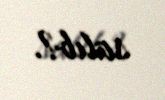
salıb?.